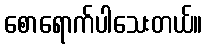
စောရောက်ပါသေးတယ်။